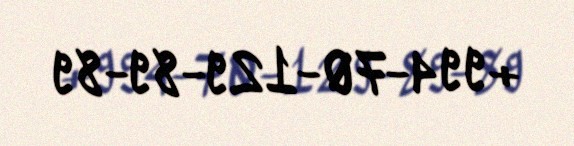
+994-70-129-89-89